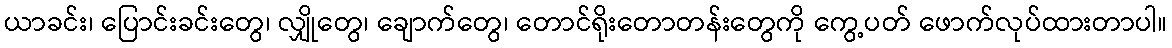
ယာခင်း၊ ပြောင်းခင်းတွေ၊ လျှိုတွေ၊ ချောက်တွေ၊ တောင်ရိုးတောတန်းတွေကို ကွေ့ပတ် ဖောက်လုပ်ထားတာပါ။